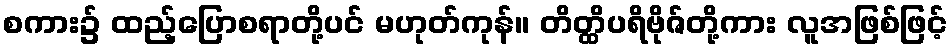
စကား၌ ထည့်ပြောစရာတို့ပင် မဟုတ်ကုန်။ တိတ္ထိပရိဗိုဇ်တို့ကား လူအဖြစ်ဖြင့်